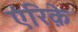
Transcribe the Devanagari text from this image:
एंरिक़े